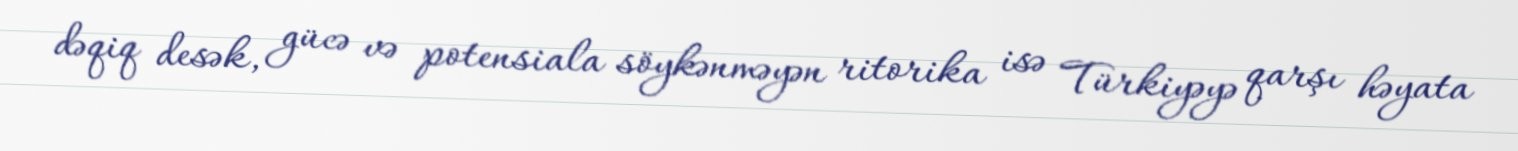
dəqiq desək, gücə və potensiala söykənməyən ritorika isə Türkiyəyə qarşı həyata